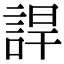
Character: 䛞